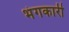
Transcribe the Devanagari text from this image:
भंगकारी